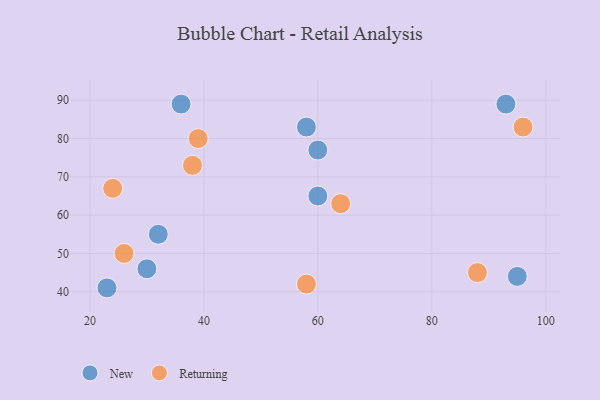
{"axis": {"x": "GDP", "y": "Life Expectancy"}, "legend": ["New", "Returning"], "data": [{"x": "36", "y": 89, "type": "New"}, {"x": "32", "y": 55, "type": "New"}, {"x": "95", "y": 44, "type": "New"}, {"x": "60", "y": 77, "type": "New"}, {"x": "23", "y": 41, "type": "New"}, {"x": "93", "y": 89, "type": "New"}, {"x": "30", "y": 46, "type": "New"}, {"x": "60", "y": 65, "type": "New"}, {"x": "58", "y": 83, "type": "New"}, {"x": "24", "y": 67, "type": "Returning"}, {"x": "96", "y": 83, "type": "Returning"}, {"x": "38", "y": 73, "type": "Returning"}, {"x": "88", "y": 45, "type": "Returning"}, {"x": "26", "y": 50, "type": "Returning"}, {"x": "64", "y": 63, "type": "Returning"}, {"x": "39", "y": 80, "type": "Returning"}, {"x": "58", "y": 42, "type": "Returning"}]}